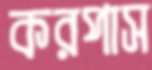
করপাস